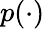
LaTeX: p(\cdot)